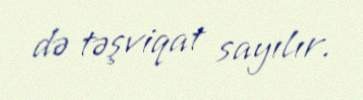
də təşviqat sayılır.